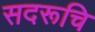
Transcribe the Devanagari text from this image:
सदरूचि